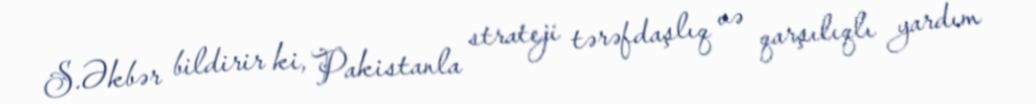
S.Əkbər bildirir ki, Pakistanla strateji tərəfdaşlıq və qarşılıqlı yardım